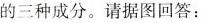
的三种成分。请据图回答：